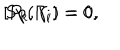
[ P _ { k } , \gamma _ { i } ] = 0 , \hspace { 5 m m } \mathrm { S p } ( \Gamma _ { i } ) = 0 ,